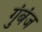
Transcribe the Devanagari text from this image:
गुंबंज